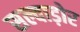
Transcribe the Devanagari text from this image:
सल्वाड़ोर